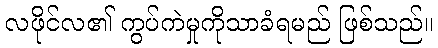
လဖိုင်လ၏ ကွပ်ကဲမှုကိုသာခံရမည် ဖြစ်သည်။